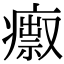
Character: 𤺅